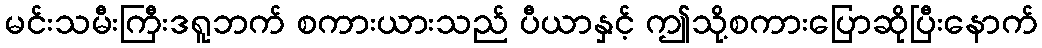
မင်းသမီးကြီးဒရူဘက် စကားယားသည် ပီယာနှင့် ဤသို့စကားပြောဆိုပြီးနောက်